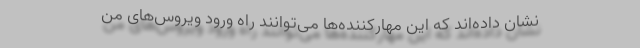
نشان داده‌اند که این مهارکننده‌ها می‌توانند راه ورود ویروس‌های من